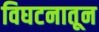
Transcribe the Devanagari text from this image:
विघटनातून